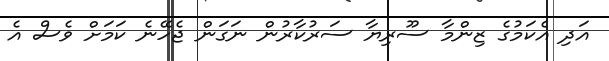
އަދި އެކަމުގެ ޒިންމާ ސޫރިޔާ ސަރުކާރުން ނަގަން ޖެހޭނެ ކަމަށް ވެސް އެ